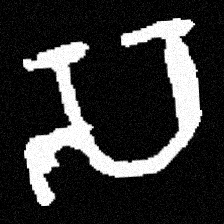
Pyu character \u2014 Myanmar letter: သ (romanized: sa)